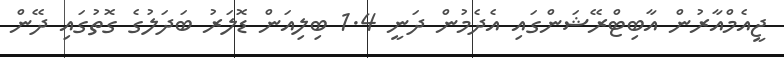
ޖީއެމްއާރުން އާބިޓްރޭޝަންގައި އެދެމުން ދަނީ 1.4 ބިލިއަން ޑޮލަރު ބަދަލުގެ ގޮތުގައި ދޭން